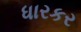
ધારકર